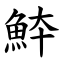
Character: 䱁